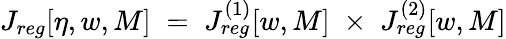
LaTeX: J_{reg}[\eta,w,M]\; =\; J_{reg}^{(1)}[w,M]\; \times\; J_{reg}^{(2)}[w,M]